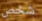
شخص